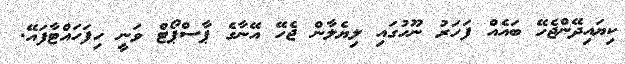
ކިޔައިދޭންޖެހޭ ބައެއް ފަހަރު ނޫހުގައި ލިޔެލާން ޖެހޭ އޭނާގެ ޕާސްޕޯޓް ވަނީ ހިފަހައްޓާފައޭ.